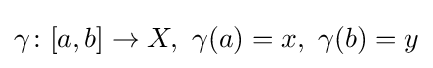
\gamma \colon [a,b]\to X,\ \gamma (a)=x,\ \gamma (b)=y